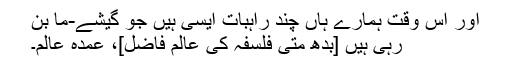
اور اس وقت ہمارے ہاں چند راہبات ایسی ہیں جو گیشے-ما بن
رہی ہیں [بدھ متی فلسفہ کی عالم فاضل]، عمدہ عالم۔